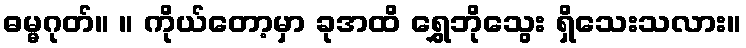
ဓမ္မဂုတ်။ ။ ကိုယ်တော့မှာ ခုအထိ ရွှေဘိုသွေး ရှိသေးသလား။